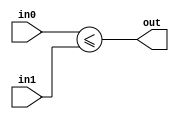
module coreir_ule #(
    parameter width = 1
) (
    input [width-1:0] in0,
    input [width-1:0] in1,
    output out
);
  assign out = in0 <= in1;
endmodule

module coreir_ule2_wrapped (
    input [1:0] I0,
    input [1:0] I1,
    output O
);
wire coreir_ule2_inst0_out;
coreir_ule #(
    .width(2)
) coreir_ule2_inst0 (
    .in0(I0),
    .in1(I1),
    .out(coreir_ule2_inst0_out)
);
assign O = coreir_ule2_inst0_out;
endmodule